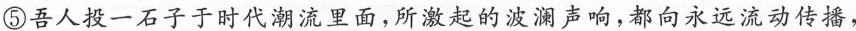
⑤吾人投一石子于时代潮流里面，所激起的波澜声响，都向永远流动传播，